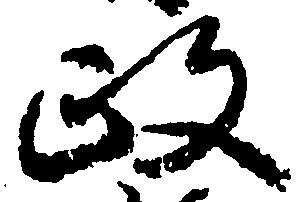
政